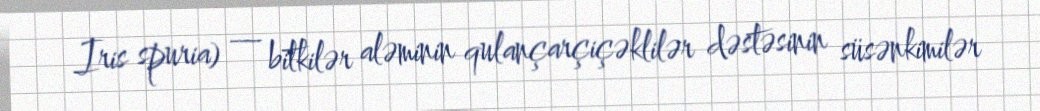
Iris spuria) — bitkilər aləminin qulançarçiçəklilər dəstəsinin süsənkimilər